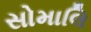
સોમાલિ